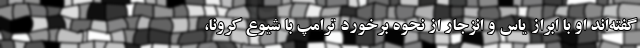
گفته‌اند او با ابراز یاس و انزجار از نحوه برخورد ترامپ با شیوع کرونا،